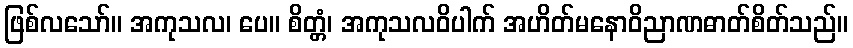
ဖြစ်လသော်။ အကုသလ၊ ပေ။ စိတ္တံ၊ အကုသလဝိပါက် အဟိတ်မနောဝိညာဏဓာတ်စိတ်သည်။